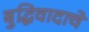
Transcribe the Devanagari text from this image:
बुद्धिवादाचे